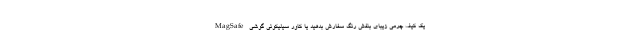
MagSafe یک کیف چرمی زیبای بنفش رنگ سفارش بدهید یا کاور سیلیکونی گوشی